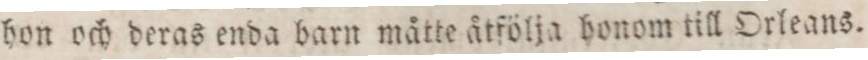
hon och deras enda barn måtte åtfölja honom till Orleans.